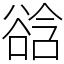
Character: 谽